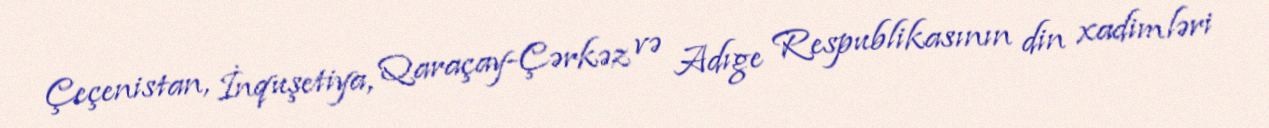
Çeçenistan, İnquşetiya, Qaraçay-Çərkəz və Adıge Respublikasının din xadimləri